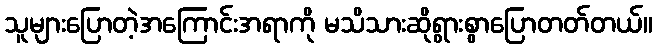
သူများပြောတဲ့အကြောင်းအရာကို မသိသားဆိုရွားစွာပြောတတ်တယ်။